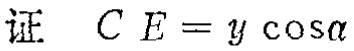
证 \(CE = y\cos\alpha\)